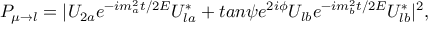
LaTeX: P _ { \mu \rightarrow l } = | U _ { 2 a } e ^ { - i m _ { a } ^ { 2 } t / 2 E } U _ { l a } ^ { * } + t a n \psi e ^ { 2 i \phi } U _ { l b } e ^ { - i m _ { b } ^ { 2 } t / 2 E } U _ { l b } ^ { * } | ^ { 2 } ,